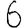
Digit: 6